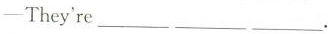
--They're___ ___ ___.